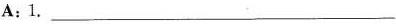
A:1.___